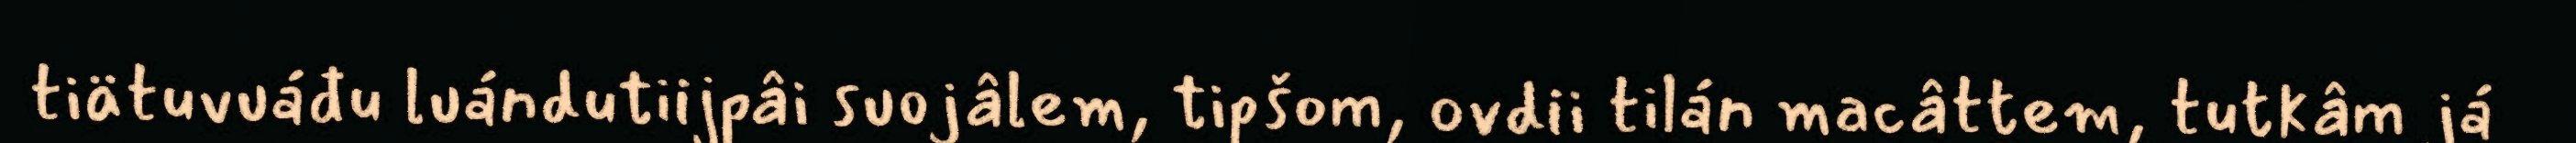
tiätuvuáđu luándutiijpâi suojâlem, tipšom, ovdii tilán macâttem, tutkâm já